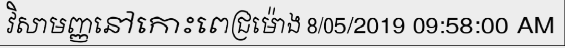
វិសាមញ្ញនៅកោះពេជ្រម៉ោង 8/05/2019 09:58:00 AM